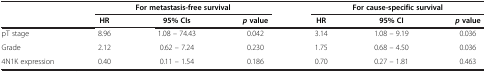
|  | <COLSPAN=3> For metastasis-free survival | <COLSPAN=3> For cause-specific survival |
 |  | HR | 95% CIs | pvalue | HR | 95% CI | pvalue |
 | --- | --- | --- | --- | --- | --- | --- |
 | pT stage | 8.96 | 1.08 – 74.43 | 0.042 | 3.14 | 1.08 – 9.19 | 0.036 |
 | Grade | 2.12 | 0.62 – 7.24 | 0.230 | 1.75 | 0.68 – 4.50 | 0.036 |
 | 4N1K expression | 0.40 | 0.11 – 1.54 | 0.186 | 0.70 | 0.27 – 1.81 | 0.463 |